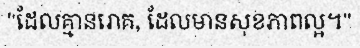
"ដែលគ្មានរោគ, ដែលមានសុខភាពល្អ។"